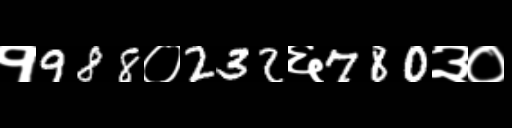
Text: १988०232६780३०